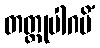
တတ္ထုပါဂမိံ